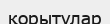
қорытулар